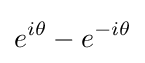
e^{i\theta }-e^{-i\theta }